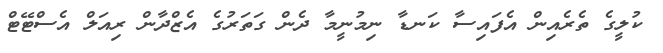
ކުލީގެ ތެރެއިން އެފައިސާ ކަނޑާ ނިމުނީމާ ދެން ގަތަރުގެ އެޒްދާން ރިއަލް އެސްޓޭޓް